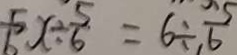
\frac { 5 } { 6 } x \div \frac { 5 } { 6 } = 6 \div \frac { 5 } { 6 }